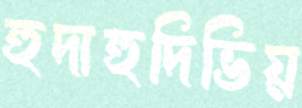
হুদাহুদিভিয়